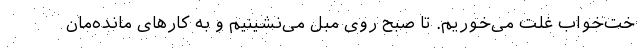
خت‌خواب غلت می‌خوریم. تا صبح روی مبل می‌نشینیم و به کارهای مانده‌مان